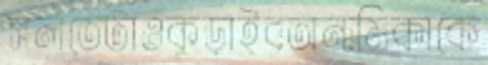
সলতেটাওকুড়াইবঅনামিকাকে